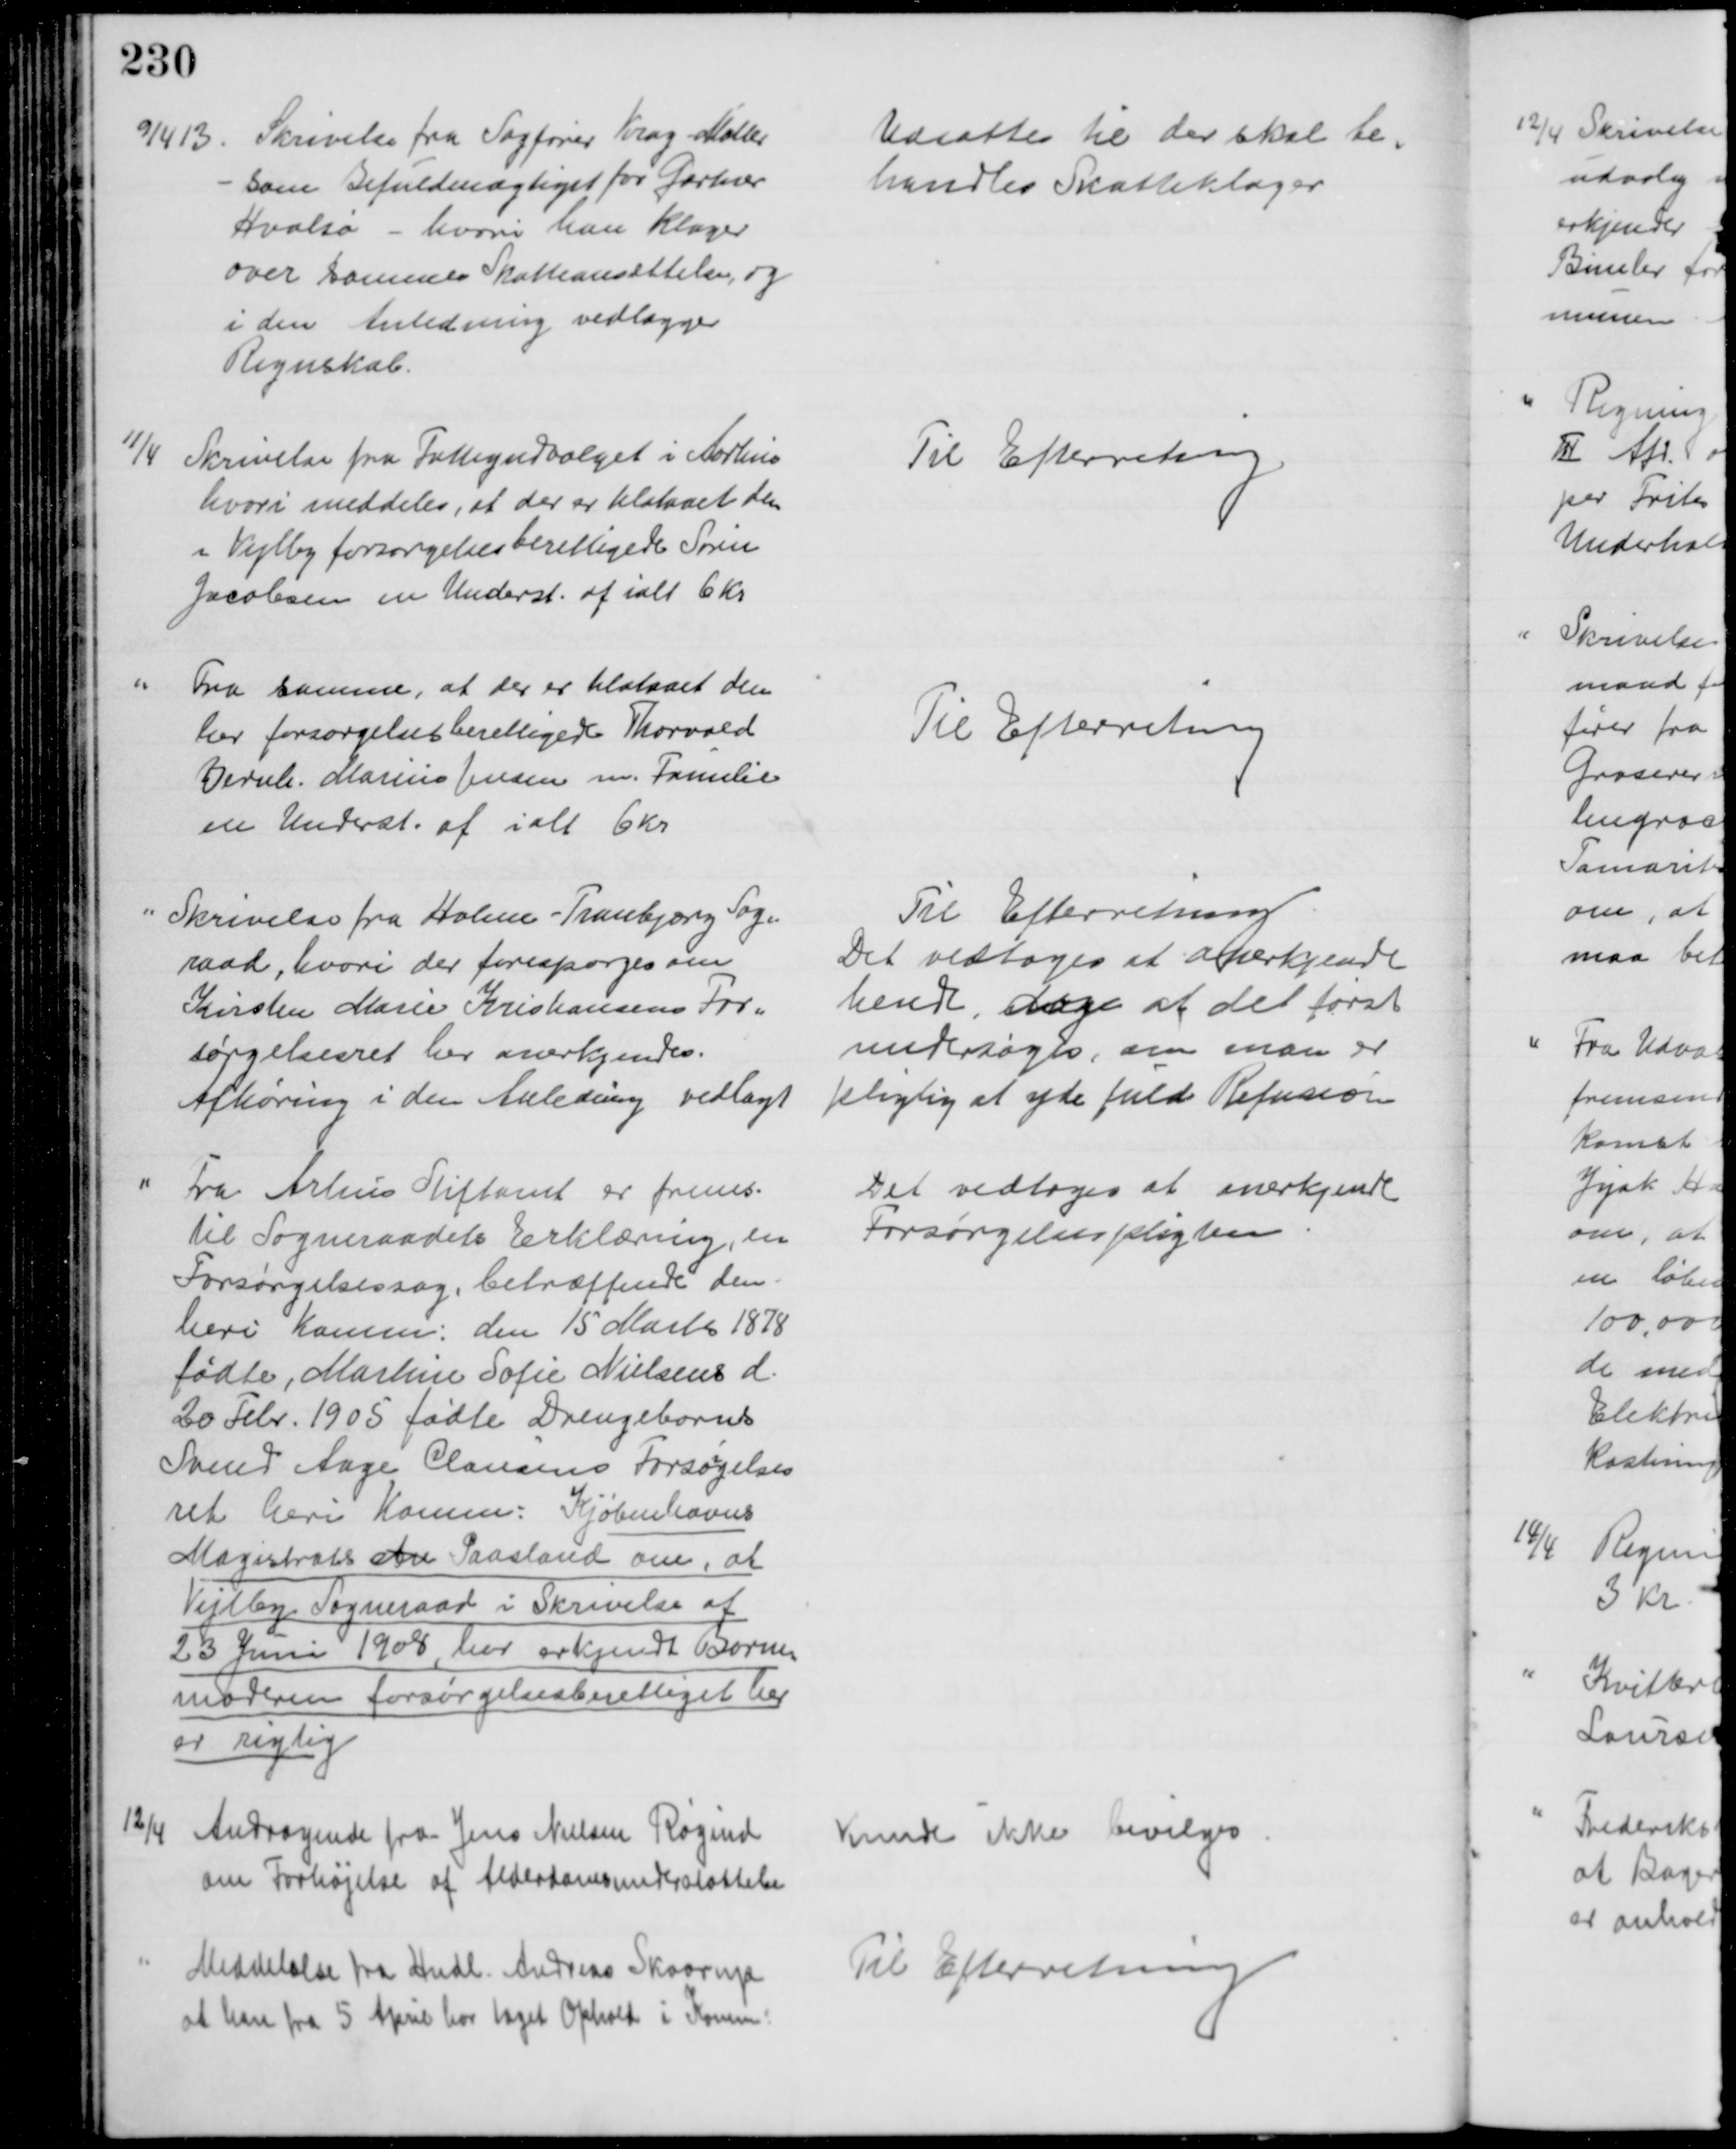
Transskription:
9/4 13
Skrivelse fra Sagfører Krag-Møller
som Befuldmægtiget for Gartner
Hvalsø - hvori han klager
over sammes Skatteansættelse, og 
i den Anledning vedlægger
Regnskab.
Udsattes til der skal be-
handles Skatteklager
11/4
Skrivelse fra Fattigudvalget i Aarhus
hvori meddeles, at der er tilstaaet den 
i Vejlby forsørgelsesberettigede Søren
Jacobsen en Underst. af ialt 6 Kr
Til Efterretning
Fra samme, at der er tilstaaet den 
her forsørgelsesberettigede Thorvald
Bernh. Marius Jensen m. Familie
en Underst. af ialt 6 Kr
Til Efterretning
Skrivelse fra Holme - Tranbjerg Sogn
raad, hvori der forespørges om
Kirsten Marie Kristiansens For-
sørgelsesret her anerkjendes.
Afhøring i den Anledning vedlagt
Til Efterretning
Det vedtoges at anerkjende
hende, dog at det først
undersøges, om man er
pligtig at yde fuld Refusion 
Fra Arhus Stiftamt er frems.
til Sogneraadets Erklæring, en
Forsørgelsessag, betræffende den 
heri Komm. den 15 Marts 1878
fødte, Martine Sofie Nielsens d. 
20 Febr. 1905 fødte Drengebarns
Svend Aage Clausens Forsøgelses
ret heri Komm: Kjøbenhavns
Magistrats den Paastand om, at
Vejlby Sogneraad i Skrivelse af
23 Juni 1908, har erkjendt Barne-
moderen forsørgelsesberettiget her
er rigtig
Det vedtoges at anerkjende
Forsørgelsespligten
12/4 Andragende fra Jens Nielsen Røgind
om Forhøjelse af Alderdomsunderstøttelse
Kunde ikke bevilges
Meddelelse fra Hndl. Andreas Skaarup
at han fra 5 April har taget Ophold i Komm
Til Efterretning